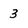
Character: 3